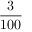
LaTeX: \frac { 3 } { 1 0 0 }